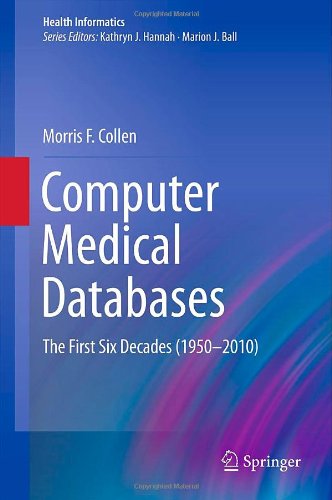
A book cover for Computer Medical Databases: The First Six Decades (1950-2010) (Health Informatics); Morris F. Collen; Medical Books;